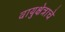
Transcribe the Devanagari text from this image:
वायुक्षेत्राचे